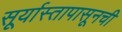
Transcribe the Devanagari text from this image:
सूर्यास्तापासूनची